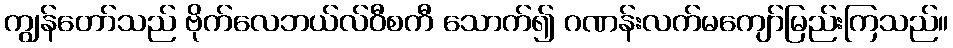
ကျွန်တော်သည် ဗိုက်လေဘယ်လ်ဝီစကီ သောက်၍ ဂဏန်းလက်မကျော်မြည်းကြသည်။